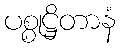
ပစ္စုဋ္ဌိတာနံ